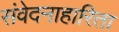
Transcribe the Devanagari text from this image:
संवेदनाहारिता